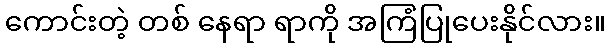
ကောင်းတဲ့ တစ် နေရာ ရာကို အကြံပြုပေးနိုင်လား။